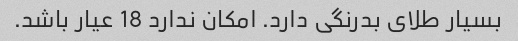
بسیار طلای بدرنگی دارد. امکان ندارد 18 عیار باشد.